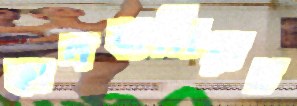
ভালবাসিয়াছ